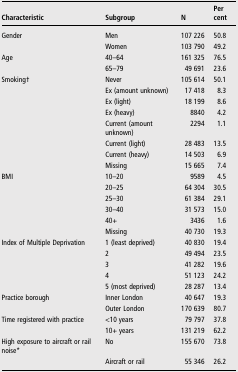
<table><thead><tr><td><b>Characteristic</b></td><td><b>Subgroup</b></td><td><b>N</b></td><td><b>Per cent</b></td></tr></thead><tbody><tr><td>Gender</td><td>Men</td><td>107 226</td><td>50.8</td></tr><tr><td></td><td>Women</td><td>103 790</td><td>49.2</td></tr><tr><td>Age</td><td>40–64</td><td>161 325</td><td>76.5</td></tr><tr><td></td><td>65–79</td><td>49 691</td><td>23.6</td></tr><tr><td>Smoking†</td><td>Never</td><td>105 614</td><td>50.1</td></tr><tr><td></td><td>Ex (amount unknown)</td><td>17 418</td><td>8.3</td></tr><tr><td></td><td>Ex (light)</td><td>18 199</td><td>8.6</td></tr><tr><td></td><td>Ex (heavy)</td><td>8840</td><td>4.2</td></tr><tr><td></td><td>Current (amount unknown)</td><td>2294</td><td>1.1</td></tr><tr><td></td><td>Current (light)</td><td>28 483</td><td>13.5</td></tr><tr><td></td><td>Current (heavy)</td><td>14 503</td><td>6.9</td></tr><tr><td></td><td>Missing</td><td>15 665</td><td>7.4</td></tr><tr><td>BMI</td><td>10–20</td><td>9589</td><td>4.5</td></tr><tr><td></td><td>20–25</td><td>64 304</td><td>30.5</td></tr><tr><td></td><td>25–30</td><td>61 384</td><td>29.1</td></tr><tr><td></td><td>30–40</td><td>31 573</td><td>15.0</td></tr><tr><td></td><td>40+</td><td>3436</td><td>1.6</td></tr><tr><td></td><td>Missing</td><td>40 730</td><td>19.3</td></tr><tr><td>Index of Multiple Deprivation</td><td>1 (least deprived)</td><td>40 830</td><td>19.4</td></tr><tr><td></td><td>2</td><td>49 494</td><td>23.5</td></tr><tr><td></td><td>3</td><td>41 282</td><td>19.6</td></tr><tr><td></td><td>4</td><td>51 123</td><td>24.2</td></tr><tr><td></td><td>5 (most deprived)</td><td>28 287</td><td>13.4</td></tr><tr><td>Practice borough</td><td>Inner London</td><td>40 647</td><td>19.3</td></tr><tr><td></td><td>Outer London</td><td>170 639</td><td>80.7</td></tr><tr><td>Time registered with practice</td><td>&lt;10 years</td><td>79 797</td><td>37.8</td></tr><tr><td></td><td>10+ years</td><td>131 219</td><td>62.2</td></tr><tr><td>High exposure to aircraft or rail noise*</td><td>No</td><td>155 670</td><td>73.8</td></tr><tr><td></td><td>Aircraft or rail</td><td>55 346</td><td>26.2</td></tr></tbody></table>